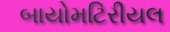
બાયોમટિરીયલ